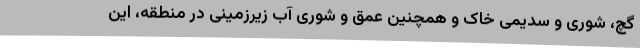
گچ، شوری و سدیمی خاک و همچنین عمق و شوری آب زیرزمینی در منطقه، این